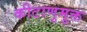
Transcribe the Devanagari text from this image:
कीटाणुमुक्त